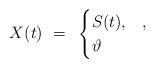
LaTeX: \begin{align*}X(t) ~=~\begin{cases} S(t), &,\\ \vartheta & \end{cases} \end{align*}